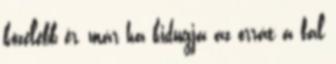
közelebb ér, már ha kidugja az orrát a fal